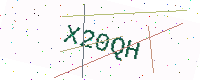
Text: X20QH